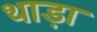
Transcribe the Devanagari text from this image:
थाड़ा